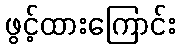
ဖွင့်ထားကြောင်း